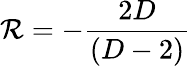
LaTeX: \mathcal{R}=-\frac{2D}{\left(D-2\right)}